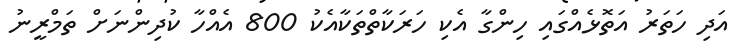
އަދި ހަތަރު އަތޮޅެއްގައި ހިންގާ އެކި ހަރަކާތްތަކާއެކު 800 އެއްހާ ކުދިންނަށް ތަމްރީނު